Vaccination in the Punjab 1897-1904 - 1897-1904
Year: 1897
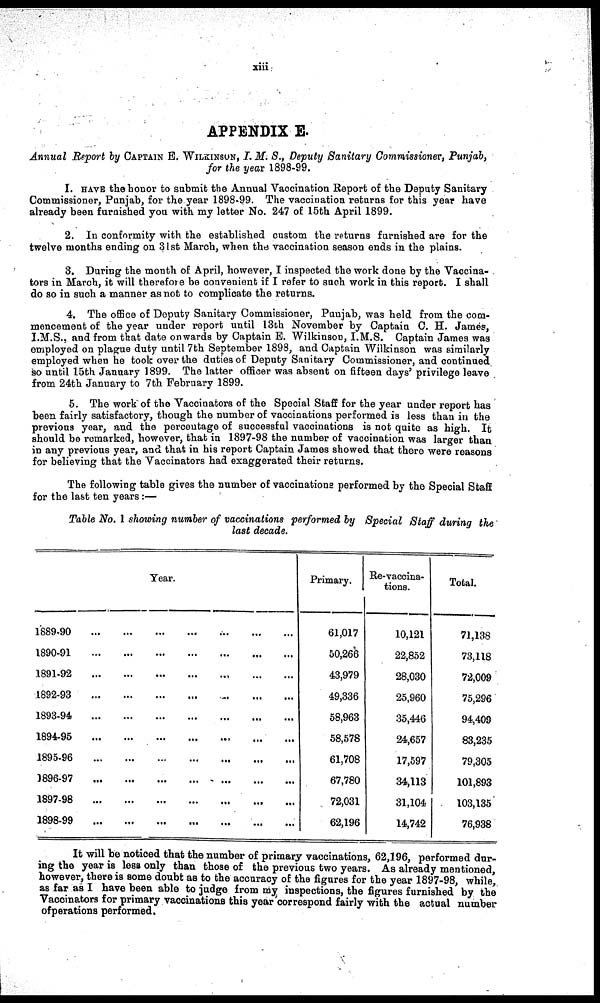
xiii.
APPENDIX E.
Annual Report by CAPTAIN E. WILKINSON, I. M. S., Deputy Sanitary Commissioner, Punjab,
for the year 1898-99.
1. HAVE the honor to submit the Annual Vaccination Report of the Deputy Sanitary
Commissioner, Punjab, for the year 1898-99. The vaccination returns for this year have
already been furnished you with my letter No. 247 of 15th April 1899.
2. In conformity with the established custom the returns furnished are for the
twelve months ending on 31st March, when the vaccination season ends in the plains.
3. During the month of April, however, I inspected the work done by the Vaccina-
tors in March, it will therefore be convenient if I refer to such work in this report. I shall
do so in such a manner as not to complicate the returns.
4. The office of Deputy Sanitary Commissioner, Punjab, was held from the com-
mencement of the year under report until 13th November by Captain C. H. James,
I.M.S., and from that date onwards by Captain E. Wilkinson, I.M.S. Captain James was
employed on plague duty until 7th September 1898, and Captain Wilkinson was similarly
employed when he took over the duties of Deputy Sanitary Commissioner, and continued
so until 15th January 1899. The latter officer was absent on fifteen days' privilege leave
from 24th January to 7th February 1899.
5. The work of the Vaccinators of the Special Staff for the year under report has
been fairly satisfactory, though the number of vaccinations performed is less than in the
previous year, and the percentage of successful vaccinations is not quite as high. It
should be remarked, however, that in 1897-98 the number of vaccination was larger than
in any previous year, and that in his report Captain James showed that there were reasons
for believing that the Vaccinators had exaggerated their returns.
The following table gives the number of vaccinations performed by the Special Staff
for the last ten years:—
Table No. 1 showing number of vaccinations performed by Special Staff during the
last decade.
Year.
1889-90
...
...
...
...
...
...
...
...
1890-91
...
...
...
...
...
...
...
...
1891-92
...
...
...
...
...
...
...
...
1892-93
...
...
...
...
...
...
...
...
1893-94
...
...
...
...
...
...
...
...
1894-95
...
...
...
...
...
...
...
...
1895-96
...
...
...
...
...
...
...
...
1896-97
...
...
...
...
...
...
...
...
1897-98
...
...
...
...
...
...
...
...
1898-99
...
...
...
...
...
...
...
...
Primary.
61,017
50,266
43,979
49,336
58,963
58,578
61,708
67,780
72,031
62,196
Re-vaccina-
tions.
10,121
22,852
28,030
25,960
35,446
24,657
17,597
34,113
31,104
14,742
Total.
71,138
73,118
72,009
75,296
94,409
83,235
79,305
101,893
103,135
76,938
It will be noticed that the number of primary vaccinations, 62,196, performed dur-
ing the year is less only than those of the previous two years. As already mentioned,
however, there is some doubt as to the accuracy of the figures for the year 1897-98, while,
as far as I have been able to judge from my inspections, the figures furnished by the
Vaccinators for primary vaccinations this year correspond fairly with the actual number
ofperations performed.